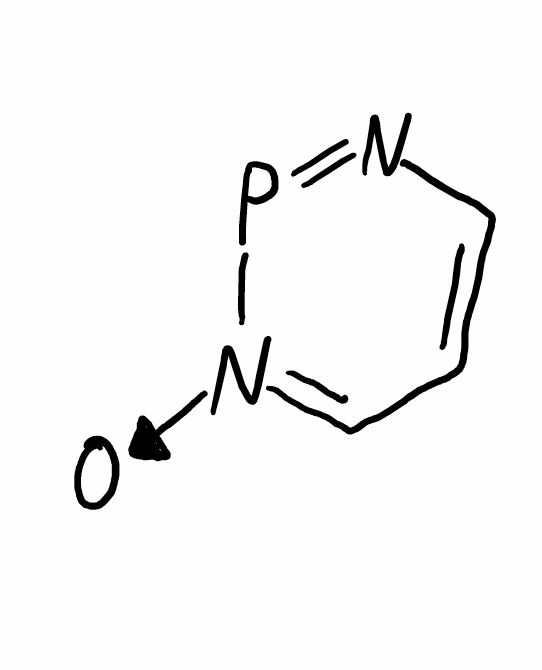
Simplified molecular-input line-entry system (SMILES) notation of the given molecule:
C1=CN=P[N+](=C1)[O-]